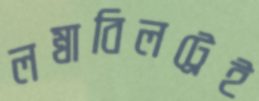
লম্বাবিলট্রেই